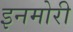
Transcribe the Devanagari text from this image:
इनमोरी